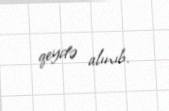
qeydə alınıb.